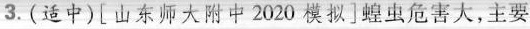
3.(适中)[山东师大附中2020模拟]蝗虫危害大，主要